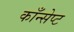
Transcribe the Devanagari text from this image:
काँन्सेप्ट